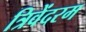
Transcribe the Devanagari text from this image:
त्रिवेंदरम